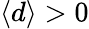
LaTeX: \langle d\rangle>0